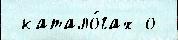
 катало́гах о